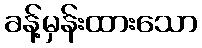
ခန့်မှန်းထားသော